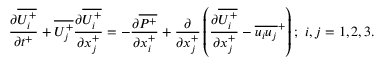
{ \frac { \partial \overline { { U _ { i } ^ { + } } } } { \partial t ^ { + } } } + \overline { { U _ { j } ^ { + } } } \frac { \partial \overline { { U _ { i } ^ { + } } } } { \partial x _ { j } ^ { + } } = - \frac { \partial \overline { { P ^ { + } } } } { \partial x _ { i } ^ { + } } + \frac { \partial } { \partial x _ { j } ^ { + } } \left( \frac { \partial \overline { { U _ { i } ^ { + } } } } { \partial x _ { j } ^ { + } } - \overline { { u _ { i } u _ { j } } } ^ { + } \right) ; ~ i , j = { 1 , 2 , 3 } .